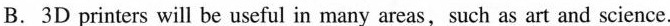
B. 3D printer will be useful in many areas ,such as art and science.